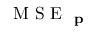
\mathrm { ~ M ~ S ~ E ~ } _ { \textbf { p } }